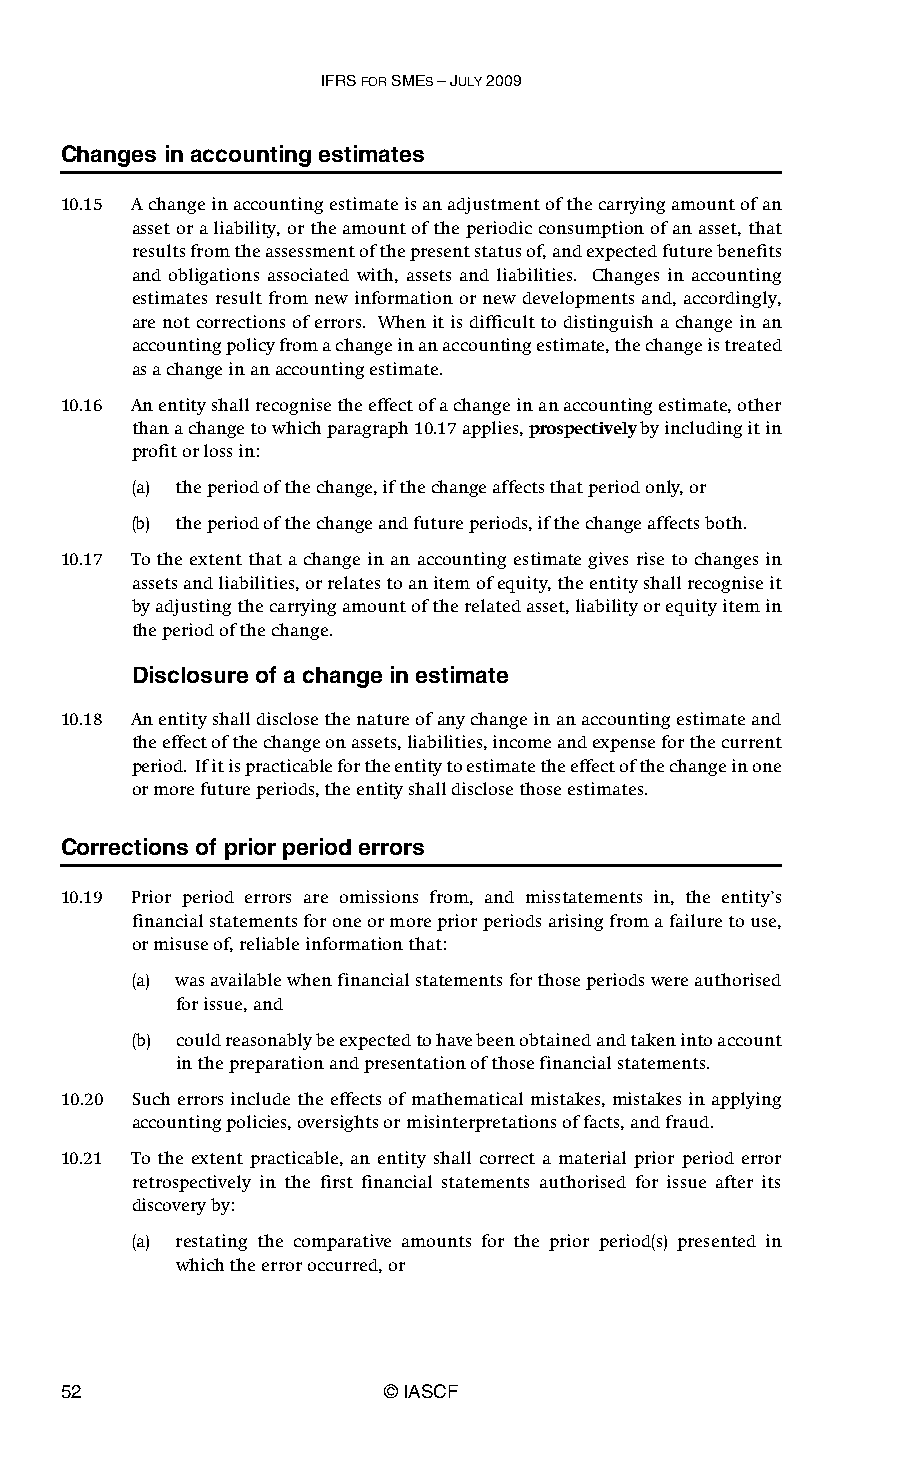
IFRS FOR SMES – JULY 2009
 Changes in accounting estimates
 10.15 A change in accounting estimate is an adjustment of the carrying amount of an
 asset or a liability, or the amount of the periodic consumption of an asset, that
 results from the assessment of the present status of, and expected future benefits
 and obligations associated with, assets and liabilities. Changes in accounting
 estimates result from new information or new developments and, accordingly,
 are not corrections of errors. When it is difficult to distinguish a change in an
 accounting policy from a change in an accounting estimate, the change is treated
 as a change in an accounting estimate.
 10.16 An entity shall recognise the effect of a change in an accounting estimate, other
 than a change to which paragraph 10.17 applies, prospectively by including it in
 profit or loss in:
 (a) the period of the change, if the change affects that period only, or
 (b) the period of the change and future periods, if the change affects both.
 10.17 To the extent that a change in an accounting estimate gives rise to changes in
 assets and liabilities, or relates to an item of equity, the entity shall recognise it
 by adjusting the carrying amount of the related asset, liability or equity item in
 the period of the change.
 Disclosure of a change in estimate
 10.18 An entity shall disclose the nature of any change in an accounting estimate and
 the effect of the change on assets, liabilities, income and expense for the current
 period. If it is practicable for the entity to estimate the effect of the change in one
 or more future periods, the entity shall disclose those estimates.
 Corrections of prior period errors
 10.19 Prior period errors are omissions from, and misstatements in, the entity’s
 financial statements for one or more prior periods arising from a failure to use,
 or misuse of, reliable information that:
 (a) was available when financial statements for those periods were authorised
 for issue, and
 (b) could reasonably be expected to have been obtained and taken into account
 in the preparation and presentation of those financial statements.
 10.20 Such errors include the effects of mathematical mistakes, mistakes in applying
 accounting policies, oversights or misinterpretations of facts, and fraud.
 10.21 To the extent practicable, an entity shall correct a material prior period error
 retrospectively in the first financial statements authorised for issue after its
 discovery by:
 (a) restating the comparative amounts for the prior period(s) presented in
 which the error occurred, or
 52                    © IASCF